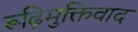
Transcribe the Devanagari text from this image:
रूढ़िमुक्तिवाद